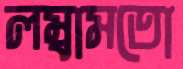
লম্বামতো